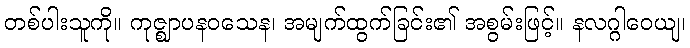
တစ်ပါးသူကို။ ကုဇ္ဈာပနဝသေန၊ အမျက်ထွက်ခြင်း၏ အစွမ်းဖြင့်။ နလဂ္ဂါဝေယျ၊